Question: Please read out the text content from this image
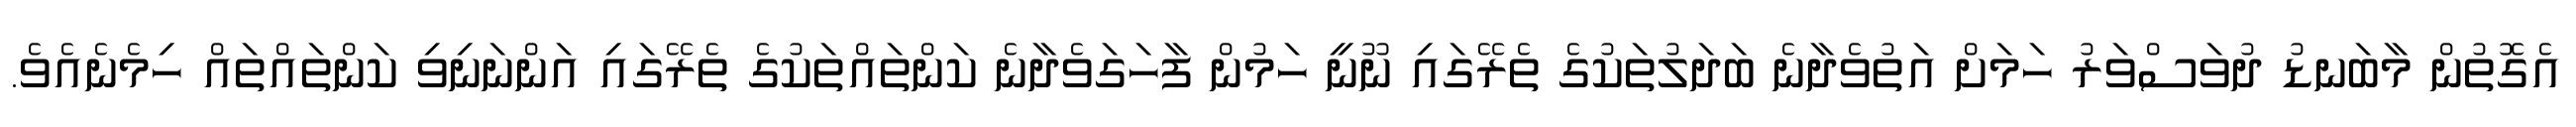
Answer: އެގޮތުން މާބަނޑު ދުވަސްވަރު ހަމަށް އަތުވެދާނެ ބަދަލުތަކުގެ ތެރޭގައި ނޫނީ ހަމުން ފާހަގަވެދާނެ ކަންތައްތަކުގެ ތެރޭގައި އަންނަނިވި ކަންތައްތައް ހިމެނެއެވެ.